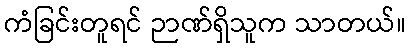
ကံခြင်းတူရင် ဉာဏ်ရှိသူက သာတယ်။